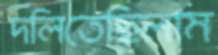
দলিতেছিলাম